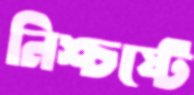
নিশ্চষ্টে